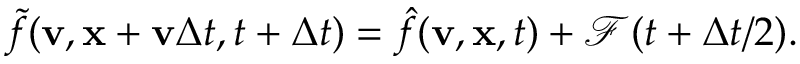
\tilde { f } ( \mathbf v , \mathbf x + \mathbf v \Delta t , t + \Delta t ) = \hat { f } ( \mathbf v , \mathbf x , t ) + \mathcal F ( t + \Delta t / 2 ) .